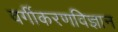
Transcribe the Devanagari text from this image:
वर्गीकरणविज्ञान